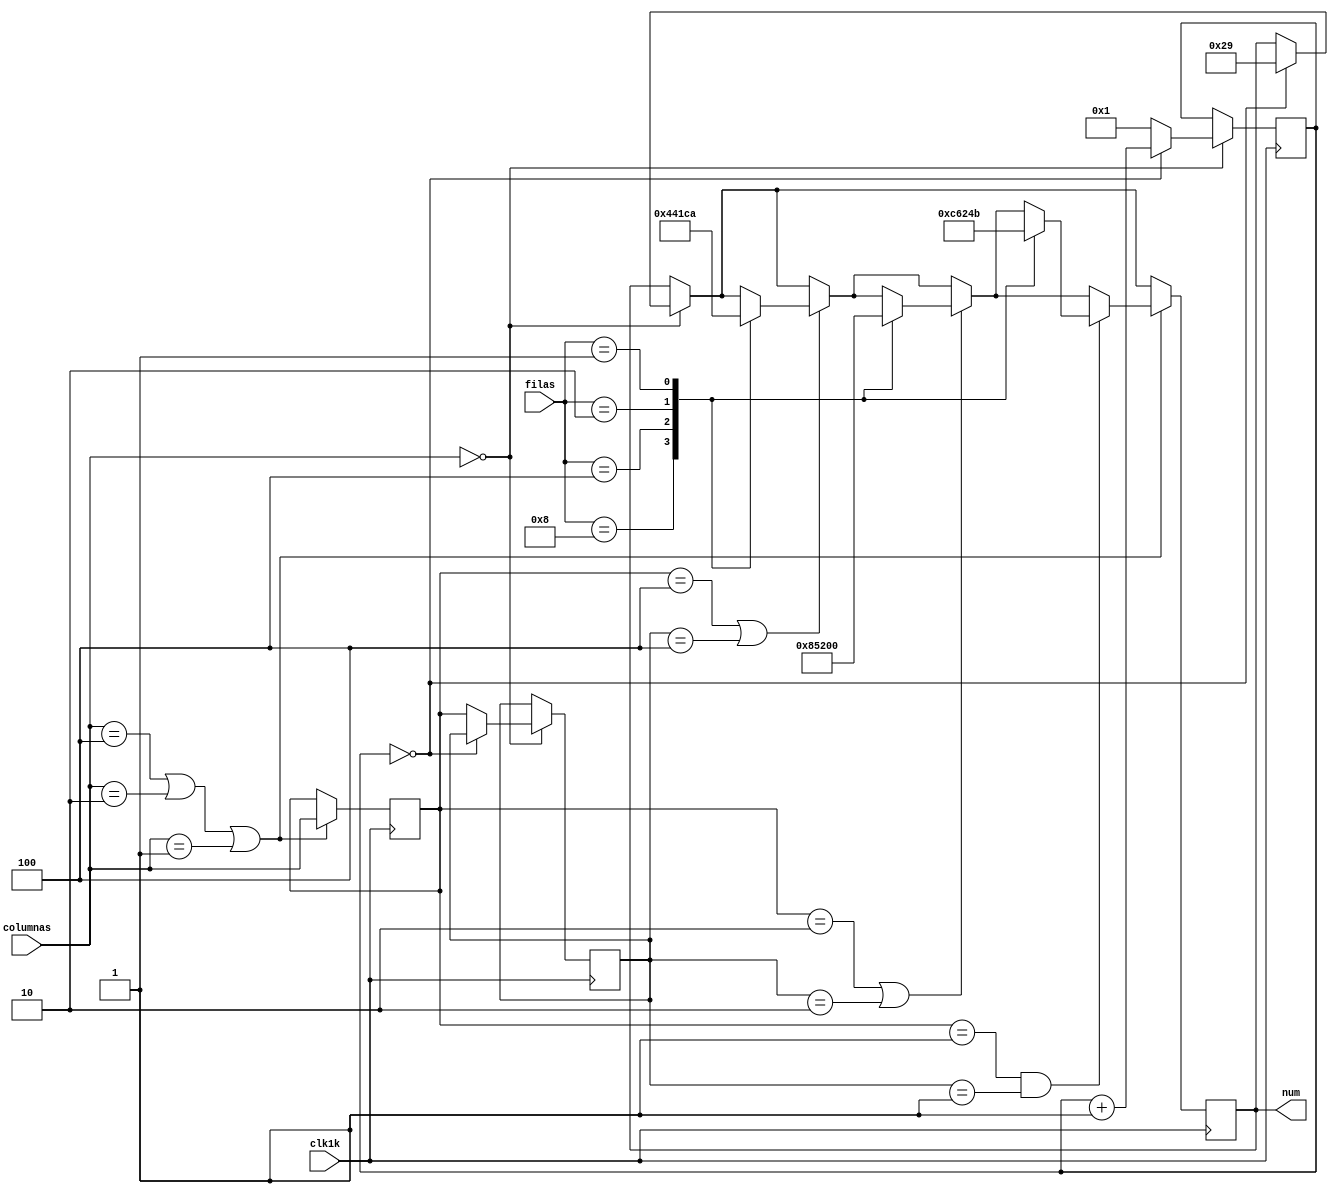
module Comparador(clk1k, filas, columnas, num);
input clk1k; 
input [3:0] filas; 
input [2:0] columnas; 

reg [2:0] regcolumnas1 = 0;
reg [2:0] regcolumnas2 = 0;
reg [4:0] contador = 0;

output reg [5:0] num = 0;

always@(posedge clk1k) begin
	
	if(columnas == 3'b000) begin
		
		contador <= contador +1;
		case(contador)
		'd0: num <= 'd41;
		default: begin regcolumnas2 <= regcolumnas1; contador <= 1; end
		endcase
	end
	
	
	if ((columnas == 3'b100) || (columnas == 3'b010) || (columnas == 3'b001)) begin
		regcolumnas1 <= columnas;
	
		// primera columna 
		if((regcolumnas1 == 3'b100) || (regcolumnas2 == 3'b100)) begin
			case(filas)
				'b1000: begin num <= 'd1;  end
				'b0100: begin num <= 'd4;  end
				'b0010: begin num <= 'd7;  end
				'b0001: begin num <= 'ha;  end // Es el *
			endcase
			
		end
			  
		// segunda columna  
		if((regcolumnas1 == 3'b010) || (regcolumnas2 == 3'b010)) begin
			case(filas)
				'b1000: num <= 'd2;
				'b0100: num <= 'd5;
				'b0010: num <= 'd8;
				'b0001: num <= 'd0;
			endcase
		end

		// tercera columna  	  
		if((regcolumnas1 == 3'b001) && (regcolumnas2 == 3'b001)) begin
			case(filas)
				'b1000: num <= 'd3;
				'b0100: num <= 'd6;
				'b0010: num <= 'd9;
				'b0001: num <= 'hb; // Es el #
			endcase
		end
	
	end
	
end

endmodule